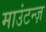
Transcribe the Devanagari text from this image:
माउंटन्ज़